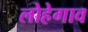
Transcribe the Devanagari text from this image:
लोहेगाव